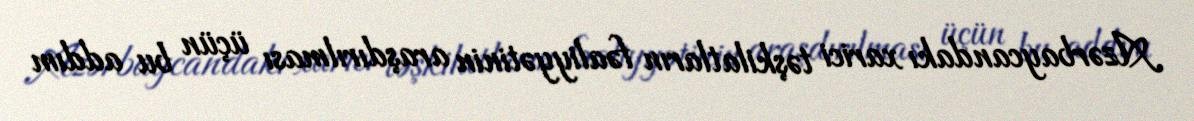
Azərbaycandakı xarici təşkilatların fəaliyyətinin araşdırılması üçün bu addım